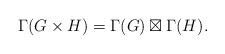
LaTeX: \begin{align*} \Gamma(G\times H) = \Gamma(G)\boxtimes \Gamma(H). \end{align*}